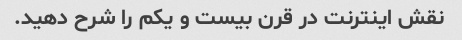
نقش اینترنت در قرن بیست و یکم را شرح دهید.